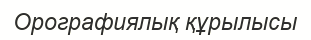
Орографиялық құрылысы